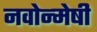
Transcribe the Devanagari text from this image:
नवोन्‍मेषी